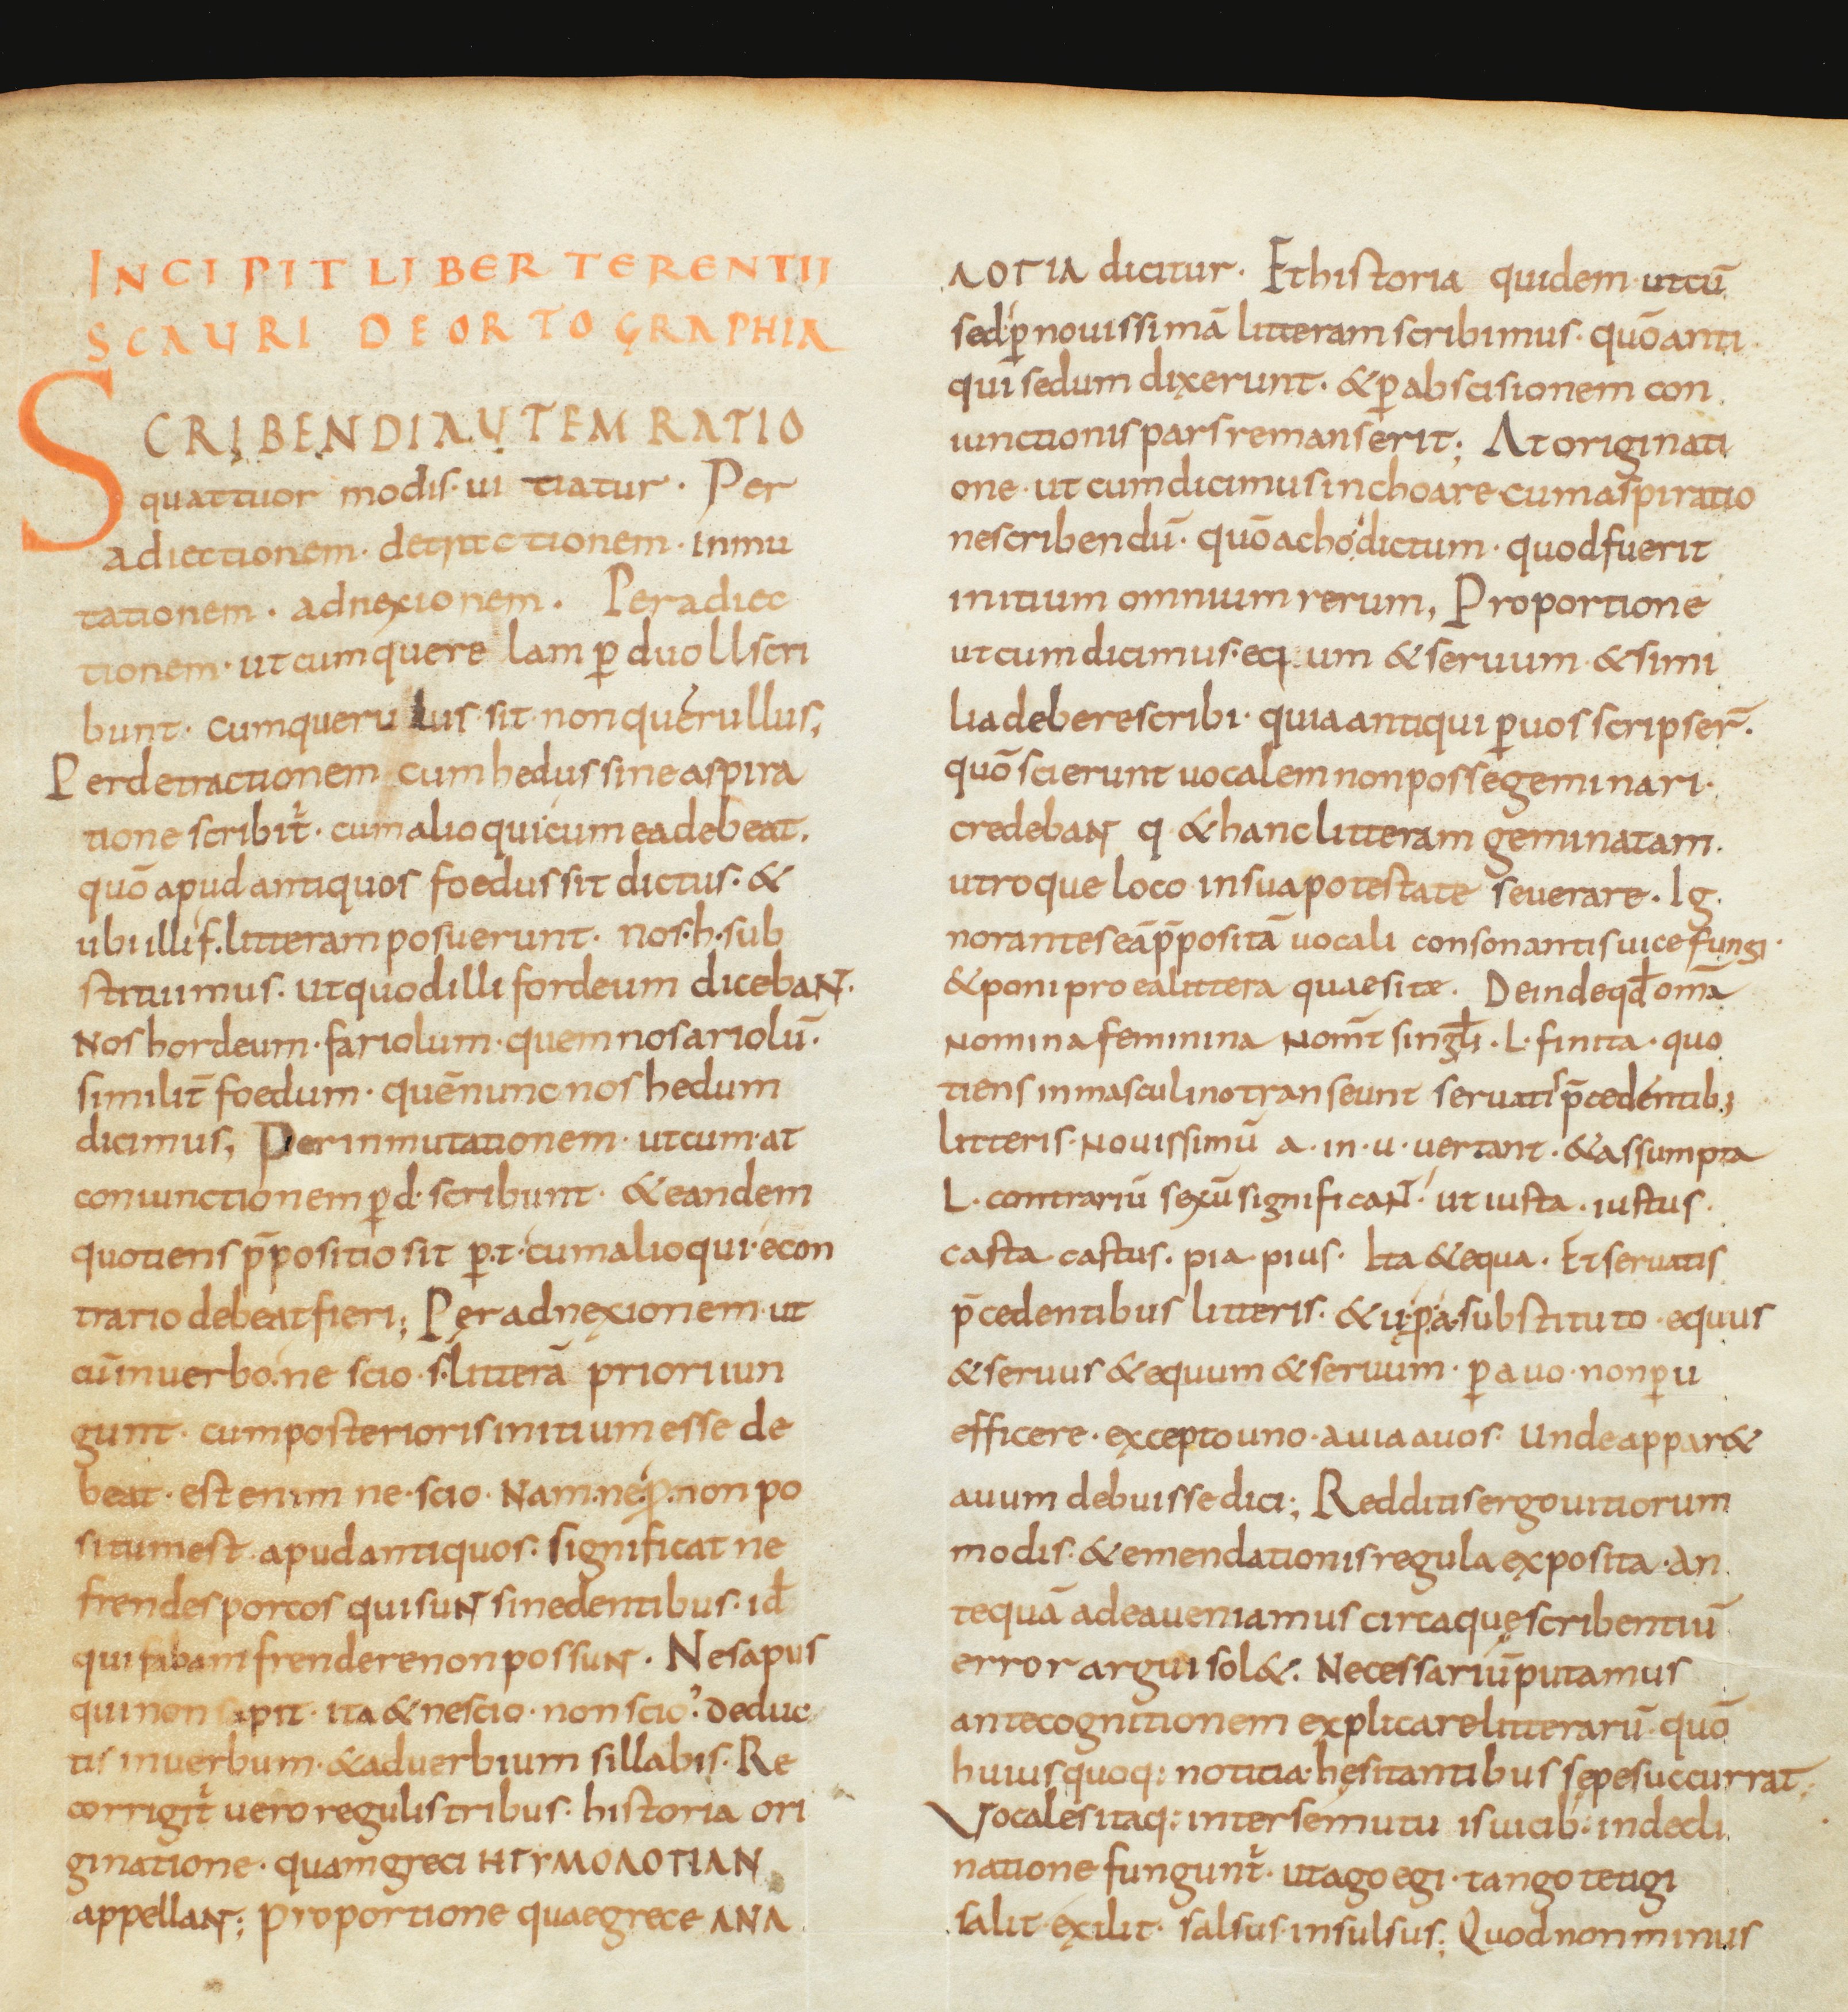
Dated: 850–899